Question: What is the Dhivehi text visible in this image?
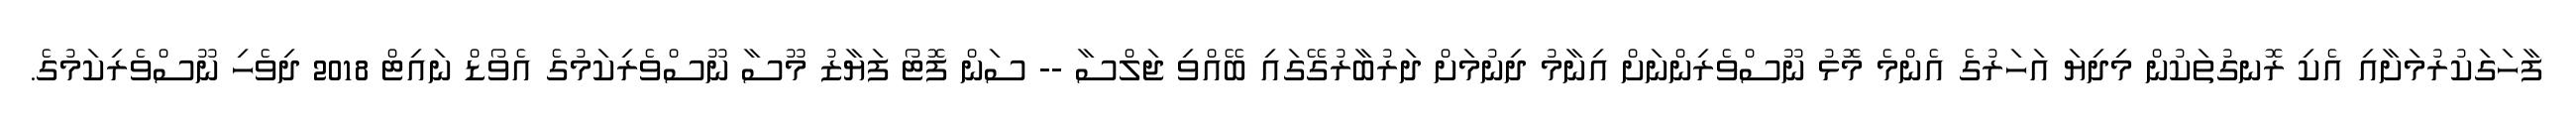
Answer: ފާހަގަކުރުމަށާއި އެކި ރޮނގުތަކުން މިދިޔަ އަހަރުގެ އެންމެ މޮޅު ނޫސްވެރިންނަށް އިނާމު ދިނުމަށް ދަރުބާރުގޭގައި ބޭއްވި ޖަލްސާ -- ސަން ފޮޓޯ ފަޔާޒު މޫސާ ނޫސްވެރިކަމުގެ އެވޯޑް ނައިޓް 2018 ދިވެހި ނޫސްވެރިކަމުގެ.